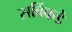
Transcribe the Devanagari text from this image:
सर्विकडे